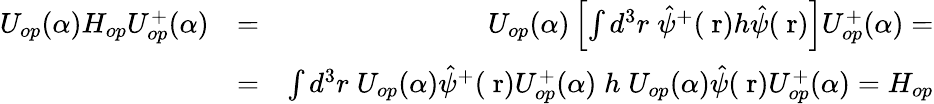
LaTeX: \begin{array}{rlr}{U_{op}(\alpha)H_{op}U_{op}^{+}(\alpha)}&{=}&{U_{op}(\alpha)\left[\int d^{3}r\; \hat{\psi}^{+}(\mathrm{\mathbf~r})h\hat{\psi}(\mathrm{\mathbf~r})\right]U_{op}^{+}(\alpha)=}\\ &{=}&{\int d^{3}r\; U_{op}(\alpha)\hat{\psi}^{+}(\mathrm{\mathbf~r})U_{op}^{+}(\alpha)\; h\; U_{op}(\alpha)\hat{\psi}(\mathrm{\mathbf~r})U_{op}^{+}(\alpha)=H_{op}}\end{array}